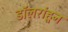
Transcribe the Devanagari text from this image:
डॉलरांहून